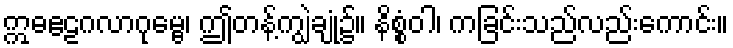
ဣဓဧဠဂလာဂုမ္ဗေ၊ ဤတန့်ကျွဲချုံ၌။ နိစ္စံဝါ၊ ကခြင်းသည်လည်းကောင်း။